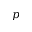
p